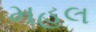
મહલ